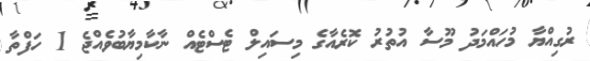
ރުގިއްޔާ މުހައްމަދު މޫސާ އުތުރު ކޮރެއާގެ މިސައިލް ޓެސްޓެއް ނާކާމިޔާބުވެއްޖެ 1 ހަފްތާ